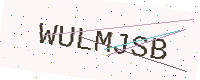
Text: WULMJSB